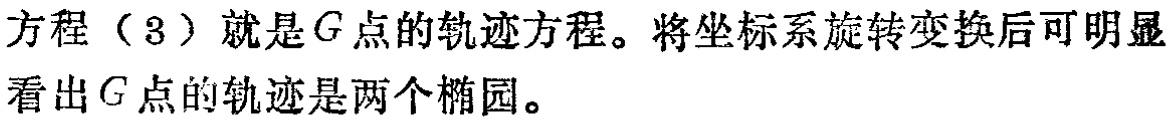
方程（3）就是\(G\)点的轨迹方程。将坐标系旋转变换后可明显看出\(G\)点的轨迹是两个椭圆。